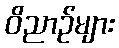
ဝိညာဉ်များ